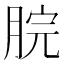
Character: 脘